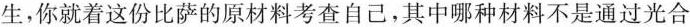
生，你就着这份比萨的原材料考查自己，其中哪种材料不是通过光合